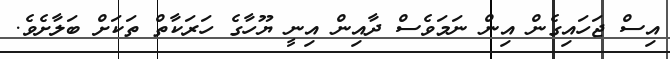
އިސް ޖަހައިގެން އިން ނަމަވެސް ދާއިން އިނީ ޔޫހާގެ ހަރަކާތް ތަކަށް ބަލާށެވެ.